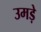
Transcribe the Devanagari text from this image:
उमड़े